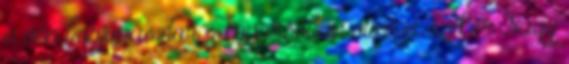
a vén borjúpásztor s koporsóban viszi a szekér Nagy